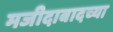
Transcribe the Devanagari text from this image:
मजीदाबादच्या